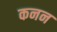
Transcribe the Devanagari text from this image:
कनन